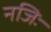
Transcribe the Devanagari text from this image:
नजिः